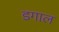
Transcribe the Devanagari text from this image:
डगाल